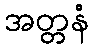
အတ္တနံ